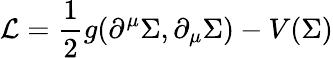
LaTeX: {\mathcal{L}}={\frac{1}{2}}g(\partial^{\mu}\Sigma,\partial_{\mu}\Sigma)-V(\Sigma)